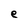
Character: e